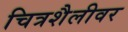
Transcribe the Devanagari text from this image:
चित्रशैलीवर